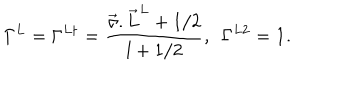
\Gamma ^ { L } = \Gamma ^ { L { \dagger } } = \frac { \vec { \sigma } . { \vec { L } } ^ { L } + 1 / 2 } { l + 1 / 2 } , ~ ~ \Gamma ^ { L 2 } = { \bf 1 } .